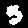
Label: 3